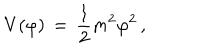
LaTeX: V ( \varphi ) \, = \, { \frac { 1 } { 2 } } m ^ { 2 } \varphi ^ { 2 } \, ,